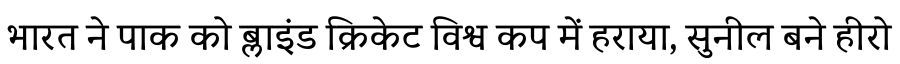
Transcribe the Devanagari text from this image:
भारत ने पाक को ब्लाइंड क्रिकेट विश्व कप में हराया, सुनील बने हीरो